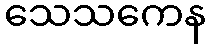
သေသကေန